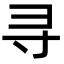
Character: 寻